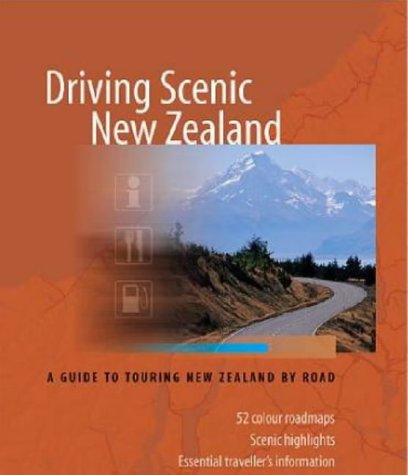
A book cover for Driving Scenic New Zealand: A Guide to Touring New Zealand by Road; David Chowdhury; Travel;